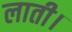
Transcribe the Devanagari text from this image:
लाती।